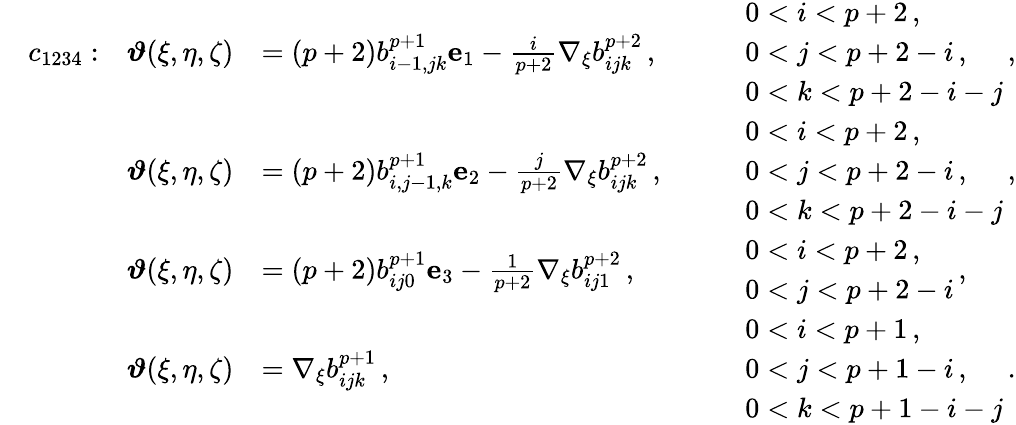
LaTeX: \begin{array}{rlrlrl}&{c_{1234}:}&{\boldsymbol{\vartheta}(\xi,\eta,\zeta)}&{=(p+2)b_{i-1,jk}^{p+1}\mathbf{e}_{1}-\frac{i}{p+2}\nabla_{\xi}b_{ijk}^{p+2}\, ,}&&{\begin{array}{rl}&{0<i<p+2\, ,}\\ &{0<j<p+2-i\, ,}\\ &{0<k<p+2-i-j}\end{array}\, ,}\\ &{}&{\boldsymbol{\vartheta}(\xi,\eta,\zeta)}&{=(p+2)b_{i,j-1,k}^{p+1}\mathbf{e}_{2}-\frac{j}{p+2}\nabla_{\xi}b_{ijk}^{p+2}\, ,}&&{\begin{array}{rl}&{0<i<p+2\, ,}\\ &{0<j<p+2-i\, ,}\\ &{0<k<p+2-i-j}\end{array}\, ,}\\ &{}&{\boldsymbol{\vartheta}(\xi,\eta,\zeta)}&{=(p+2)b_{ij0}^{p+1}\mathbf{e}_{3}-\frac{1}{p+2}\nabla_{\xi}b_{ij1}^{p+2}\, ,}&&{\begin{array}{rl}&{0<i<p+2\, ,}\\ &{0<j<p+2-i}\end{array}\, ,}\\ &{}&{\boldsymbol{\vartheta}(\xi,\eta,\zeta)}&{=\nabla_{\xi}b_{ijk}^{p+1}\, ,}&&{\begin{array}{rl}&{0<i<p+1\, ,}\\ &{0<j<p+1-i\, ,}\\ &{0<k<p+1-i-j}\end{array}\, .}\end{array}